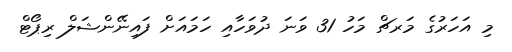
މި އަހަރުގެ މަރޗް މަހު 31 ވަނަ ދުވަހާއި ހަމައަށް ފައިނޭންޝަލް ރިޕޯޓް